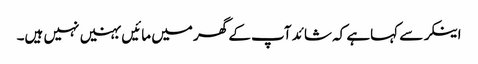
اینکر سے کہاہے کہ شائد آپ کے گھر میں مائیں بہنیں نہیں ہیں۔